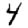
Digit: 4